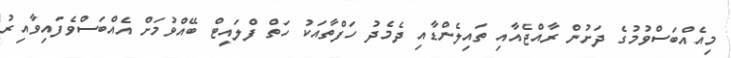
މިއެއްބަސްވުމުގެ ދަށުން ރާއްޖެއާއި ތައިލެންޑާއި ދެމެދު ހަފްތާއަކު ހަތް ފްލައިޓް ބޭއްވުމަށް އެއްބަސްވެފައިވާއިރު